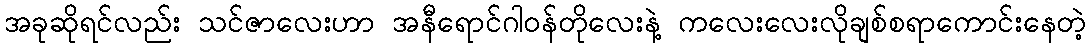
အခုဆိုရင်လည်း သင်ဇာလေးဟာ အနီရောင်ဂါဝန်တိုလေးနဲ့ ကလေးလေးလိုချစ်စရာကောင်းနေတဲ့